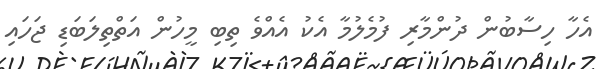
އެހާ ހިސާބުން ދުންމާރި ފުމެލުމާ އެކު އެއްވެ ތިބި މީހުން އަތްތިލަބަޑި ޖަހައި